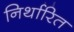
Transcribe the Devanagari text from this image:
निर्थारित